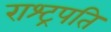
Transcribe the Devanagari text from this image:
राश्ट्रपति